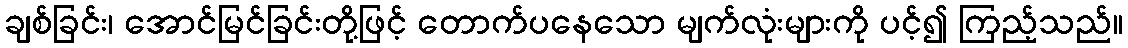
ချစ်ခြင်း၊ အောင်မြင်ခြင်းတို့ဖြင့် တောက်ပနေသော မျက်လုံးများကို ပင့်၍ ကြည့်သည်။